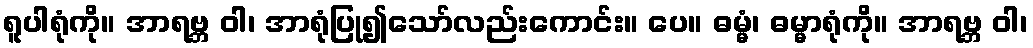
ရူပါရုံကို။ အာရဗ္ဘ ဝါ၊ အာရုံပြု၍သော်လည်းကောင်း။ ပေ။ ဓမ္မံ၊ ဓမ္မာရုံကို။ အာရဗ္ဘ ဝါ၊